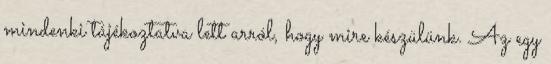
mindenki tájékoztatva lett arról, hogy mire készülünk. Az egy